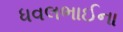
ધવલભાઈના